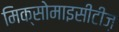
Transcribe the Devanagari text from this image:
मिक्सोमाइसीटीज़